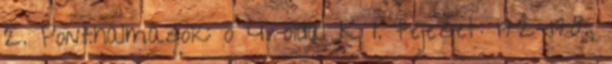
2. Ponthalmazok: o 4. oldal K I. fejezet: 172-178.,